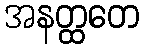
အနတ္ထတေ